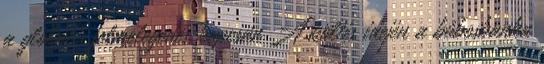
a globális felmelegedés kapcsán A költés idején a búbosbanka